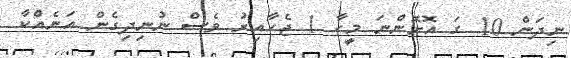
ނިދަން 10 ގަ އޮށަޮންނަ މީހާ 1 ޖެހާއިރު ވެސް ނުނިދިގެން އަނެއްކާ